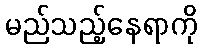
မည်သည့်နေရာကို